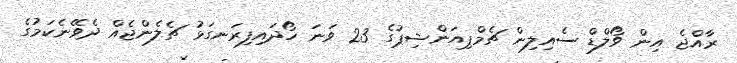
ރާއްޖެ އިން ވޯލްޑް ސެއިލިން ޗެމްޕިއަންޝިޕުގެ 23 ވަނަ ހޯދައިިފިރަނގަޅު ޗެލެންޖެއް ދެވޭނެކަމުގެ